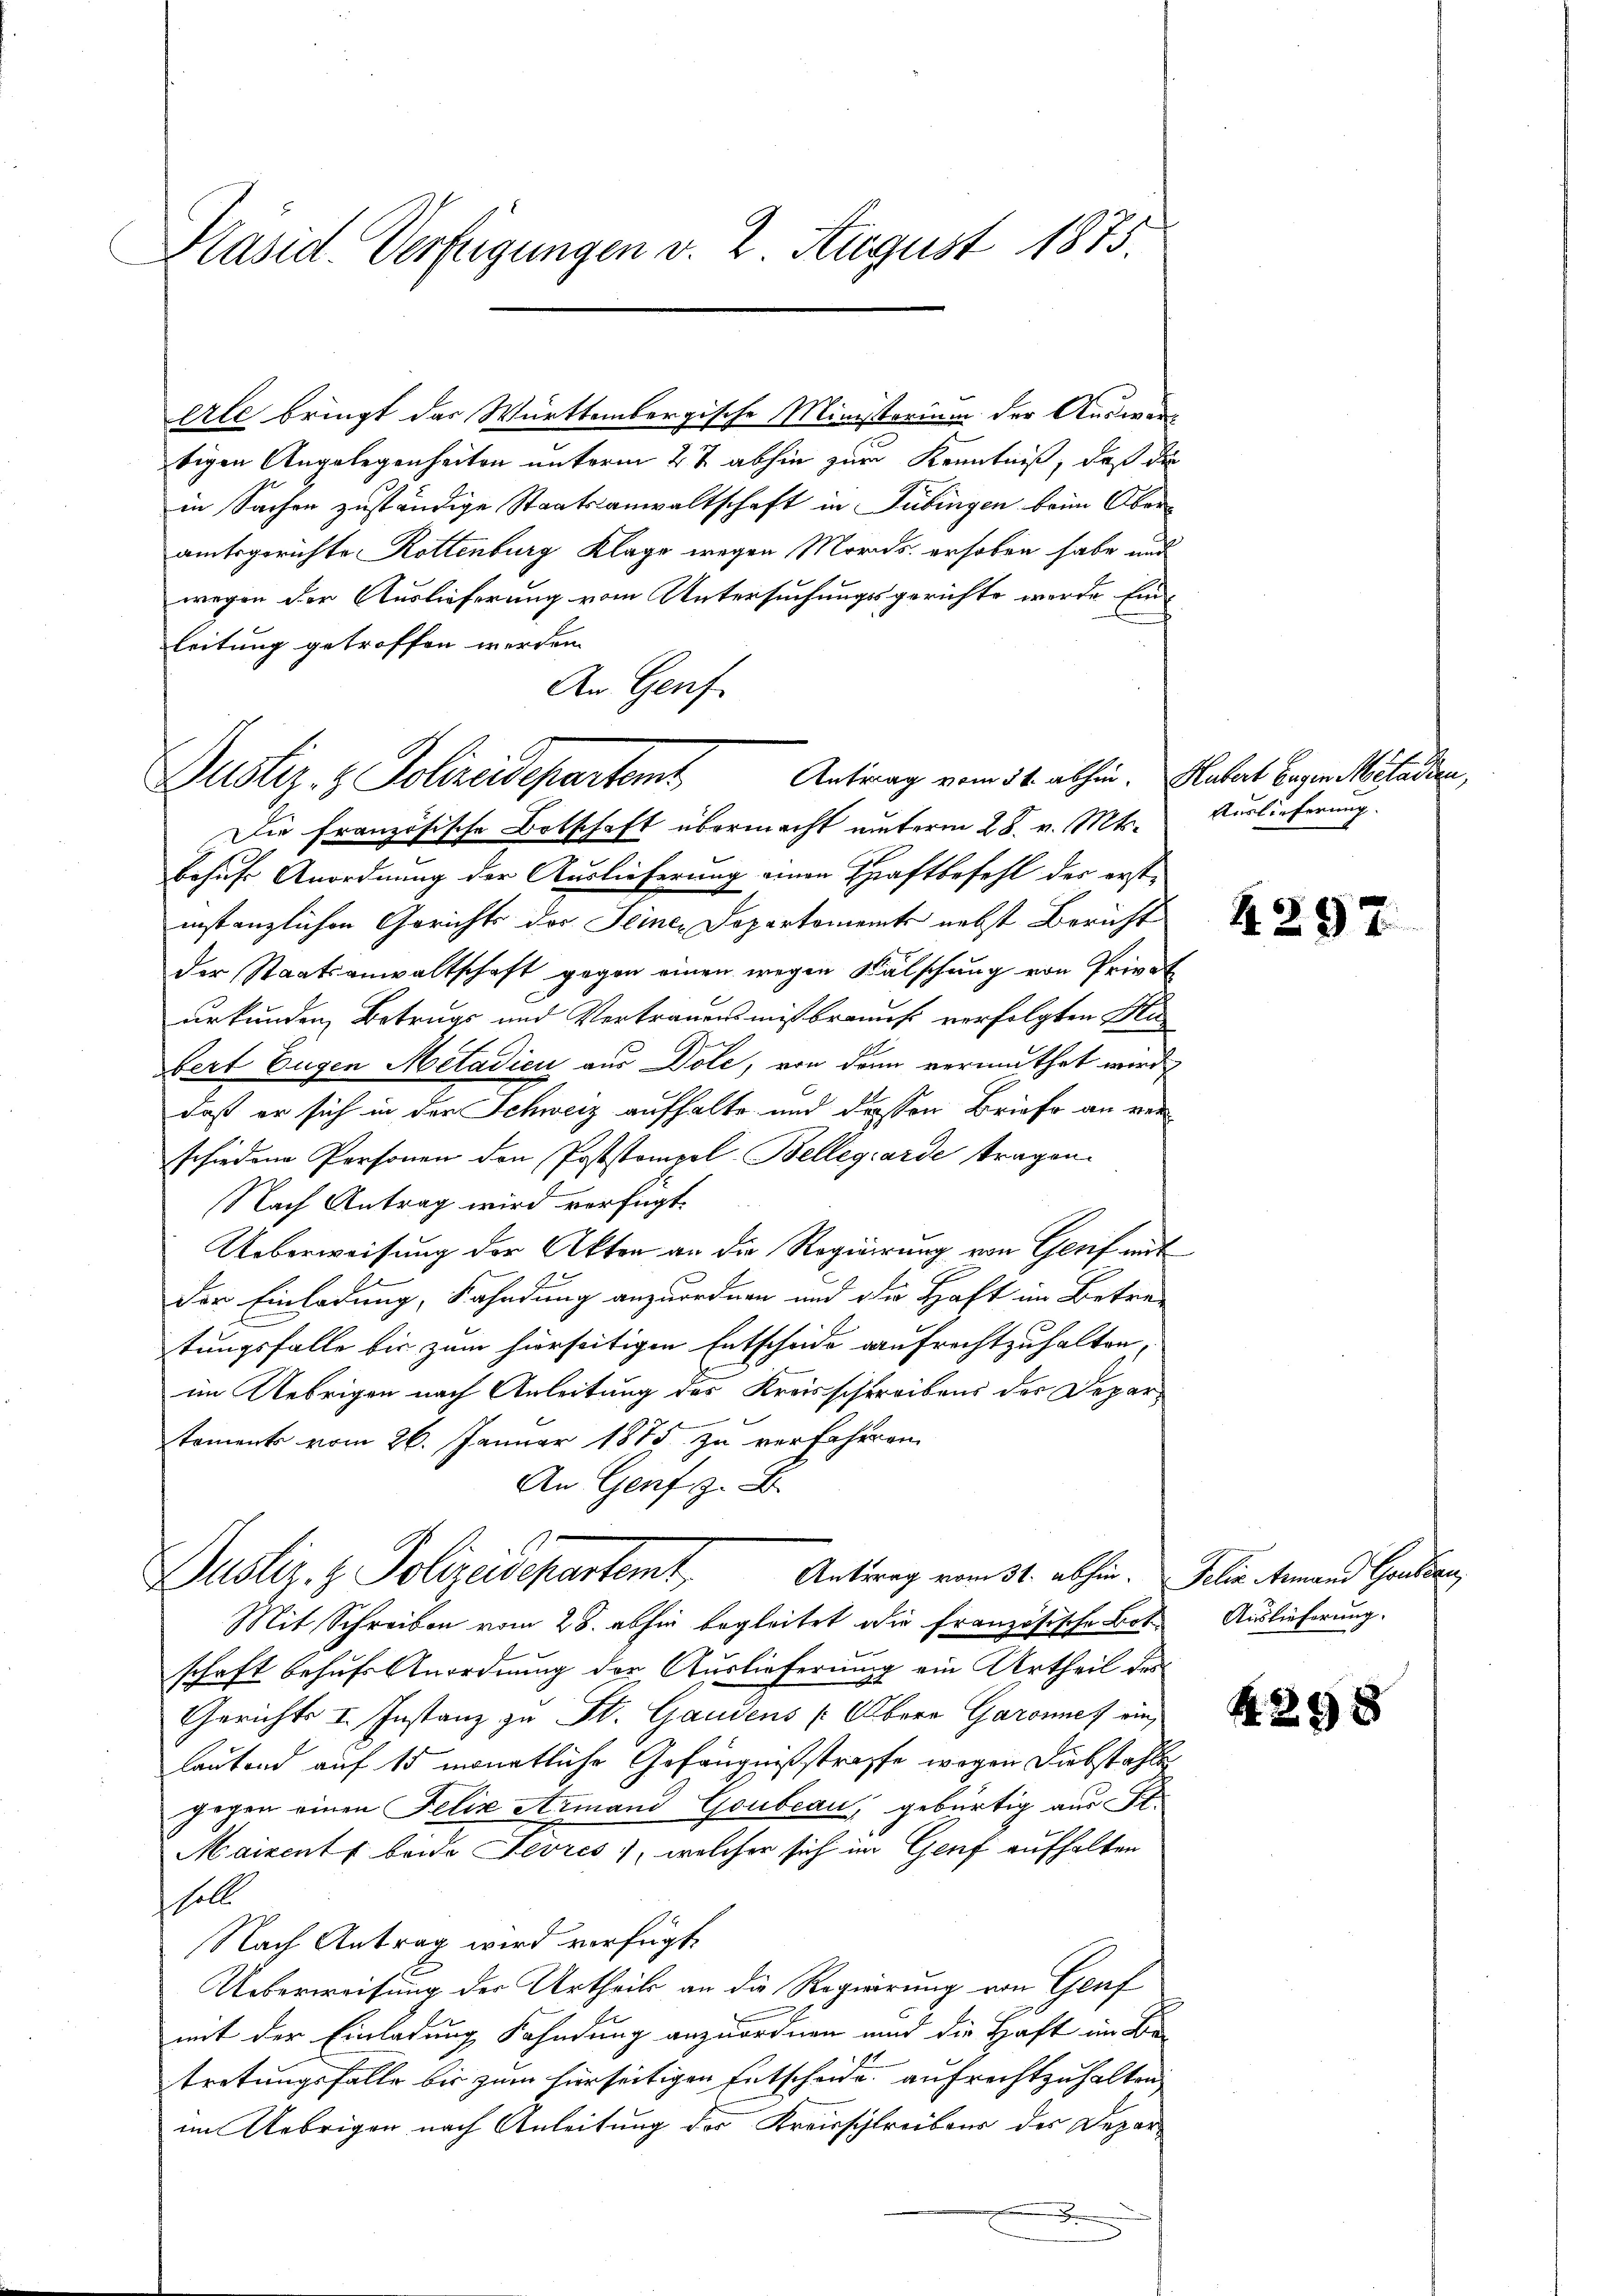
Präsid. Verfügungen v. 2. August 1875.

erte bringt das Württembergische Ministorium der Auswarbigen Angelegenheiten unterm 2t abhin zur Kenntniß, daß die
in Sachen zuständige Staatsanwaltschaft in Tübingen beim Oberamtsgerichte Rottenburg Klage wegen Mords erhoben habe und
wegen der Auslieferung vom Untersuchungsgerichte werde Einleitung getroffen werden.
An Genf

Justiz- & Polizeidepartemt Antrag vom 31. abhin. Albert beigen Muladen,

Die französische Botschaft übermacht unterm 28. v. Mts. Auslieferung.
besiche Anordnung der Auslieferung einen Haftbefehl der erstinstanzlichen Gerichts der Seiner Departement nebst Bericht
der Staatsanwaltschaft gegen einen wegen Wälschung von Privat
urkunden Betrugs und Vertrauensmissbraunst verfolgten Mibert Eugen Metadicu aus Dole, von den vermuthet wird,
daß er sich in der Schweiz aufhalte und dessen Briefe an verschiedene Personen den Poststempel-Bellegiarde tragen.
Nach Antrag wird verfügt,
Ueberweisung der Akten an die Regierung von Genf mit
Der Einladung, Fahndung anzuordnen und die Haft im Betretungsfalle bis zum hierseitigen Entscheide aufrechtzuhalten,
im Uebrigen nach Anleitung des Kreisschreibens der Departoments vom 26. Januar 1875. zu verfahren
An Genf z. B.

Dustiz- & Polizeidepartamt,
Antrag vom 31. abhin. Felix Armand Gouveau

Mit Schreiben vom 28. abhin begleitet die französische Bote Auslieferung.
schaft behufs Anordnung der Auslieferung ein Urtheil des
Gerichts I. Instanz zu St. Gaudens (Obern Garannes einlautend auf 15 monatliche Gefängnißstraffe, wogen Diebstahle
gegen einen Felix Armand Gouveau, gebürtig aus St.
Maizent beide Sevres), welcher sich im Genf aufhalten
all
Nach Antrag wird verfügt,
Ueberweisung der Urtheils an die Regierung von Genf
mit der Einladung Fahndung anzuordnen und die Haft im Be
tretungsfälle bis zum hierseitigen Entscheide aufrechtzuhalten,
im Uebrigen nach Anleitung der Kreisschreibens des Deparx

4297

28